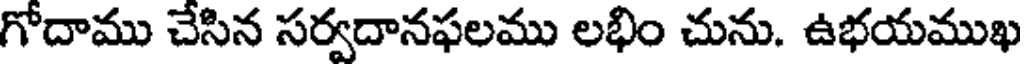
గోదాము చేసిన సర్వదానఫలము లభిం చును. ఉభయముఖ